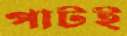
পাটই